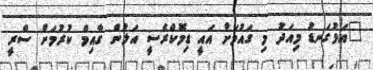
"އަޅުގަނޑު މިއަދު މި ގައުމަށް އައީ ޑިމޮކްރެސީ އަލުން ގާއިމް ކުރުމަށް ސްރީ